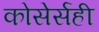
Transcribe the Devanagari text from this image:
कोसेर्सही